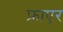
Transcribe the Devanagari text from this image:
फ्राएर